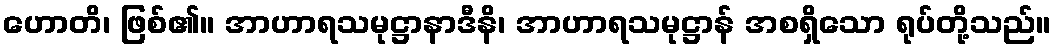
ဟောတိ၊ ဖြစ်၏။ အာဟာရသမုဋ္ဌာနာဒီနိ၊ အာဟာရသမုဋ္ဌာန် အစရှိသော ရုပ်တို့သည်။